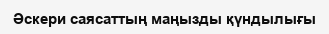
Әскери саясаттың маңызды қүндылығы